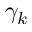
\gamma _ { k }